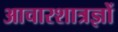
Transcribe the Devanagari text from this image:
आचारशात्रज्ञों